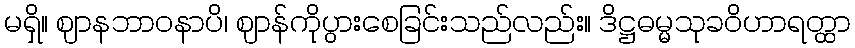
မရှိ။ ဈာနဘာဝနာပိ၊ ဈာန်ကိုပွားစေခြင်းသည်လည်း။ ဒိဋ္ဌဓမ္မသုခဝိဟာရတ္ထာ